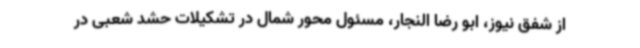
از شفق نیوز، ابو رضا النجار، مسئول محور شمال در تشکیلات حشد شعبی در